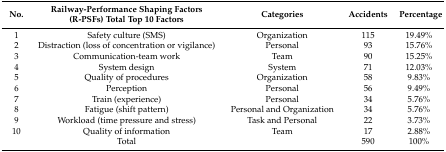
<table><thead><tr><td><b>No.</b></td><td><b>Railway-Performance Shaping Factors (R-PSFs) Total Top 10 Factors</b></td><td><b>Categories</b></td><td><b>Accidents</b></td><td><b>Percentage</b></td></tr></thead><tbody><tr><td>1</td><td>Safety culture (SMS)</td><td>Organization</td><td>115</td><td>19.49%</td></tr><tr><td>2</td><td>Distraction (loss of concentration or vigilance)</td><td>Personal</td><td>93</td><td>15.76%</td></tr><tr><td>3</td><td>Communication-team work</td><td>Team</td><td>90</td><td>15.25%</td></tr><tr><td>4</td><td>System design</td><td>System</td><td>71</td><td>12.03%</td></tr><tr><td>5</td><td>Quality of procedures</td><td>Organization</td><td>58</td><td>9.83%</td></tr><tr><td>6</td><td>Perception</td><td>Personal</td><td>56</td><td>9.49%</td></tr><tr><td>7</td><td>Train (experience)</td><td>Personal</td><td>34</td><td>5.76%</td></tr><tr><td>8</td><td>Fatigue (shift pattern)</td><td>Personal and Organization</td><td>34</td><td>5.76%</td></tr><tr><td>9</td><td>Workload (time pressure and stress)</td><td>Task and Personal</td><td>22</td><td>3.73%</td></tr><tr><td>10</td><td>Quality of information</td><td>Team</td><td>17</td><td>2.88%</td></tr><tr><td></td><td>Total</td><td></td><td>590</td><td>100%</td></tr></tbody></table>